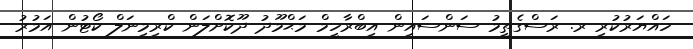
ހައްޔަރުކުރި ރ. ރަސްގެތީމު ސަންސައިން އިބްރާހީމް މަޙްމޫދު ދޫކޮށްލަން ކްރިމިނަލް ކޯޓުން އަމުރު